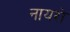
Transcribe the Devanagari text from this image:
नायरो